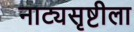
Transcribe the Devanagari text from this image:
नाट्यसृष्टीला